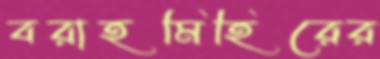
বরাহমিহিরের